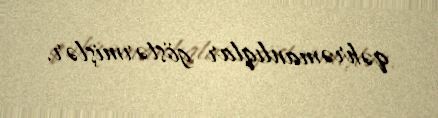
qəhrəmanlıqlar göstərmişlər.